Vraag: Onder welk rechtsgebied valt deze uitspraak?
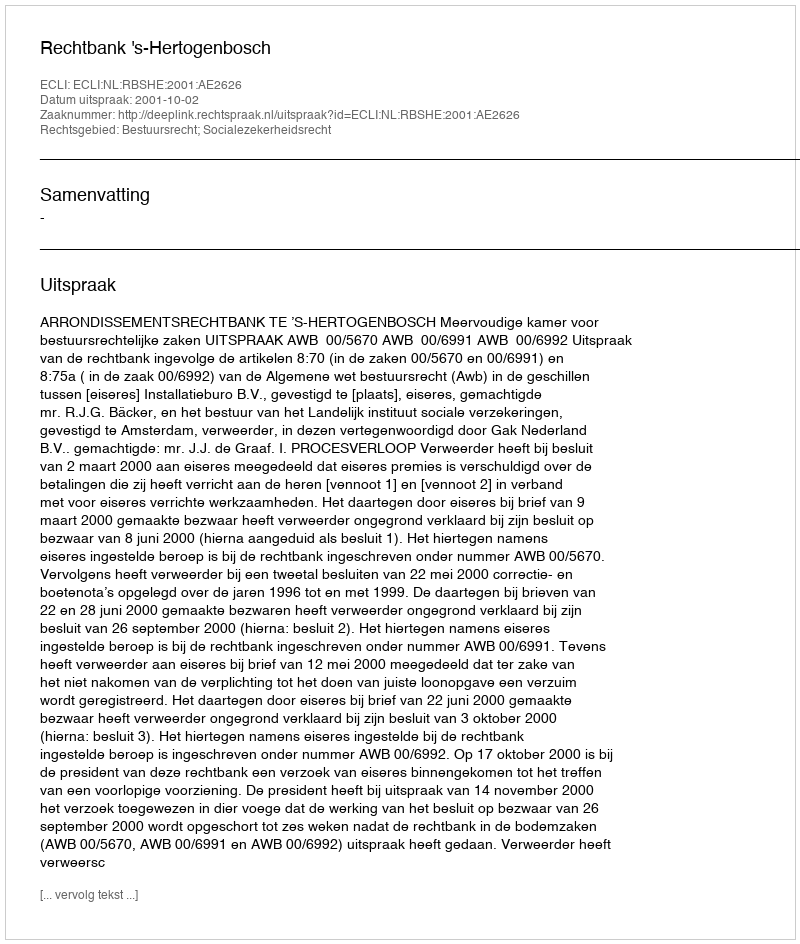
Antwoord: Bestuursrecht; Socialezekerheidsrecht